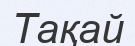
Тақай